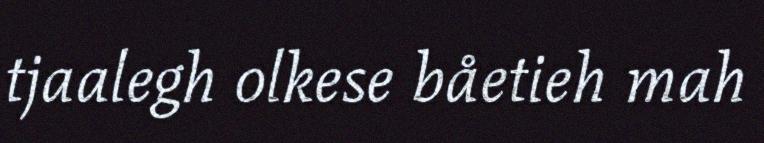
tjaalegh olkese båetieh mah